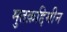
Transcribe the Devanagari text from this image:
मुतक़द्दिमीन